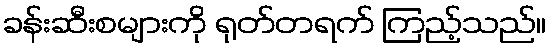
ခန်းဆီးစများကို ရုတ်တရက် ကြည့်သည်။